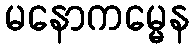
မနောကမ္မေန